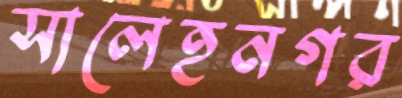
সালেহনগর